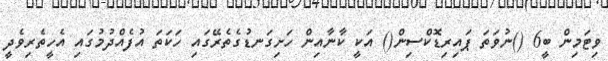
ވިޓަމިން ބީ6 ()ނުވަތަ ޕައިރިޑޮކްސިން() އަކީ ކާނާއިން ހަށިގަނޑުގެތެރޭގައި ހަކަތަ އުފެއްދުމުގައި އެހީތެރިވެދީ